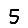
Digit: 5